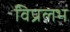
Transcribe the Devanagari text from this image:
विप्रलभ